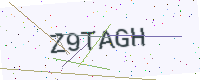
Text: Z9TAGH